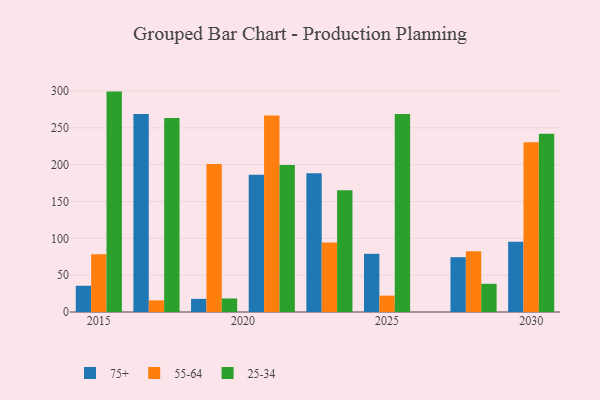
{"axis": {"x": "Year", "y": "Tickets Resolved"}, "legend": ["25-34", "55-64", "75+"], "data": [{"x": "2028", "y": 74.4, "type": "75+"}, {"x": "2028", "y": 82.5, "type": "55-64"}, {"x": "2028", "y": 38.3, "type": "25-34"}, {"x": "2023", "y": 188.3, "type": "75+"}, {"x": "2023", "y": 94.2, "type": "55-64"}, {"x": "2023", "y": 165.3, "type": "25-34"}, {"x": "2015", "y": 35.6, "type": "75+"}, {"x": "2015", "y": 78.4, "type": "55-64"}, {"x": "2015", "y": 299.2, "type": "25-34"}, {"x": "2021", "y": 186.2, "type": "75+"}, {"x": "2021", "y": 266.7, "type": "55-64"}, {"x": "2021", "y": 199.4, "type": "25-34"}, {"x": "2017", "y": 268.7, "type": "75+"}, {"x": "2017", "y": 15.8, "type": "55-64"}, {"x": "2017", "y": 263.4, "type": "25-34"}, {"x": "2030", "y": 95.5, "type": "75+"}, {"x": "2030", "y": 230.5, "type": "55-64"}, {"x": "2030", "y": 242.0, "type": "25-34"}, {"x": "2025", "y": 79.0, "type": "75+"}, {"x": "2025", "y": 22.2, "type": "55-64"}, {"x": "2025", "y": 268.8, "type": "25-34"}, {"x": "2019", "y": 17.8, "type": "75+"}, {"x": "2019", "y": 200.8, "type": "55-64"}, {"x": "2019", "y": 18.4, "type": "25-34"}]}